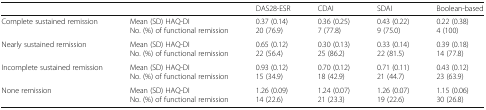
| <COLSPAN=2>  | DAS28-ESR | CDAI | SDAI | Boolean-based |
 | --- | --- | --- | --- | --- | --- |
 | Complete sustained remission | Mean (SD) HAQ-DINo. (%) of functional remission | 0.37 (0.14)20 (76.9) | 0.36 (0.25)7 (77.8) | 0.43 (0.22)9 (75.0) | 0.22 (0.38)4 (100) |
 | Nearly sustained remission | Mean (SD) HAQ-DINo. (%) of functional remission | 0.65 (0.12)22 (56.4) | 0.30 (0.13)25 (86.2) | 0.33 (0.14)22 (81.5) | 0.39 (0.18)14 (77.8) |
 | Incomplete sustained remission | Mean (SD) HAQ-DINo. (%) of functional remission | 0.93 (0.12)15 (34.9) | 0.70 (0.12)18 (42.9) | 0.71 (0.11)21 (44.7) | 0.43 (0.12)23 (63.9) |
 | None remission | Mean (SD) HAQ-DINo. (%) of functional remission | 1.26 (0.09)14 (22.6) | 1.24 (0.07)21 (23.3) | 1.26 (0.07)19 (22.6) | 1.15 (0.06)30 (26.8) |